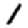
Digit: 1